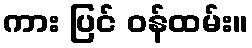
ကား ပြင် ဝန်ထမ်း။